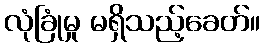
လုံခြုံမှု မရှိသည့်ခေတ်။